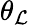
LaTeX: \theta_{\mathcal{L}}